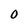
Character: 0